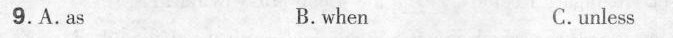
9. A. As B. when C. unless